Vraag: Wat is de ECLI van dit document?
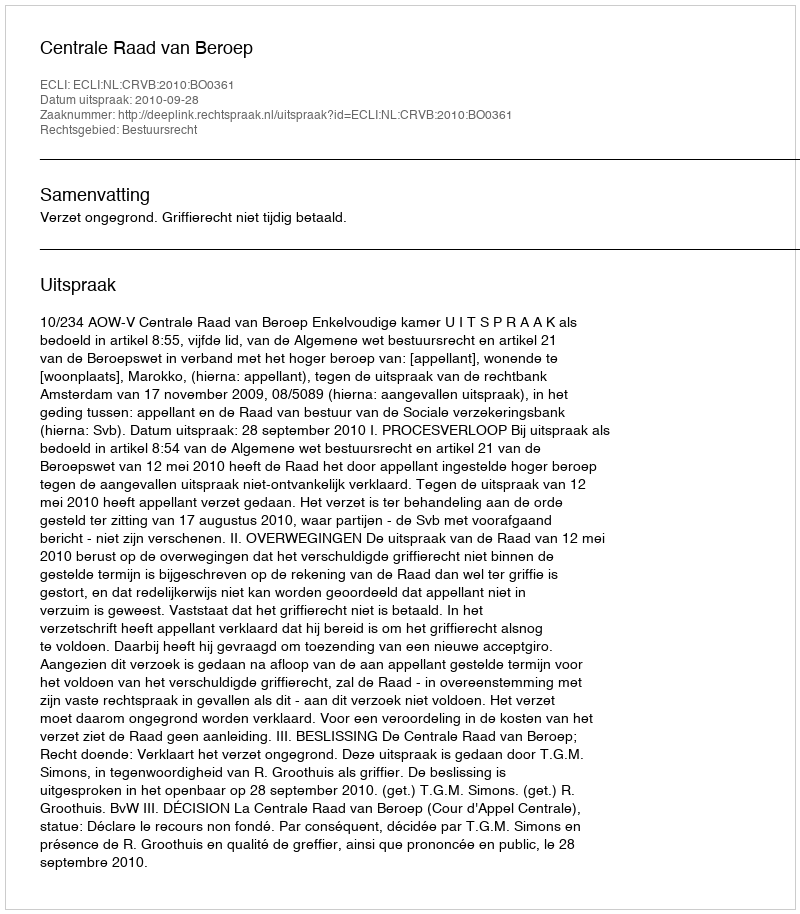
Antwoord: ECLI:NL:CRVB:2010:BO0361